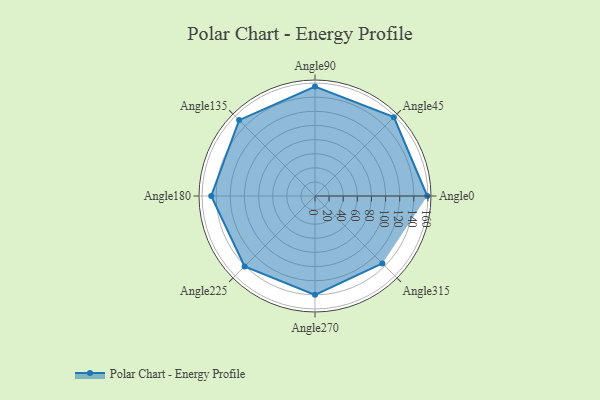
{"axis": {"x": "Angle", "y": "Radius"}, "legend": [""], "data": [{"x": "Angle0", "y": 159.0, "type": ""}, {"x": "Angle45", "y": 158.0, "type": ""}, {"x": "Angle90", "y": 155.0, "type": ""}, {"x": "Angle135", "y": 152.0, "type": ""}, {"x": "Angle180", "y": 147.0, "type": ""}, {"x": "Angle225", "y": 141.0, "type": ""}, {"x": "Angle270", "y": 140.0, "type": ""}, {"x": "Angle315", "y": 135.0, "type": ""}]}